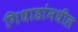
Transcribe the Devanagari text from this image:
गिधाडांमधील